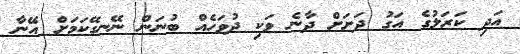
އަދި ކަރަލުގެ އަގު ދަށަށް ދާނެ ވަކި ދުވަހެއް ބުނަން ނޭނގޭކަމަށް އޭނާ